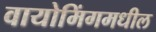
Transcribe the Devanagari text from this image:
वायोमिंगमधील